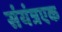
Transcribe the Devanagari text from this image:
संयंत्रएक